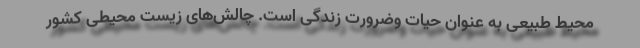
محیط طبیعی به عنوان حیات وضرورت زندگی است. چالش‌های زیست محیطی کشور